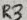
Text: R3